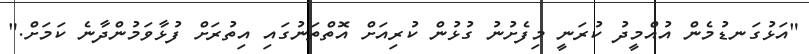
"އަޅުގަނޑުމެން އުއްމީދު ކުރަނީ މިފެށުނު ގުޅުން ކުރިއަށް އޮތްތަނުގައި އިތުރަށް ފުޅާވަމުންދާނެ ކަމަށް."